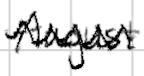
Text: August
Cross-out: zig-zag
Writing tool: digital_black